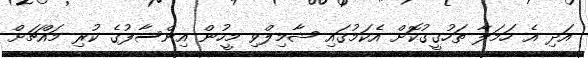
އަދި އެ ހަމަލާ ތަހުގީގުކޮށް އެކަމުގައި ޝާމިލްވި މީހުން އިންސާފުގެ ކުރި މައްޗަށް